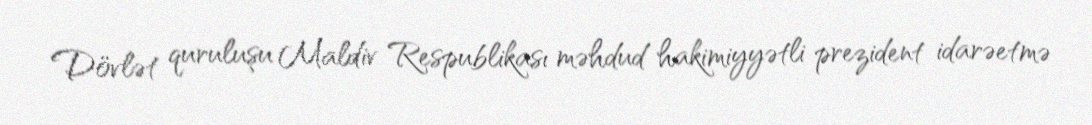
Dövlət quruluşu Maldiv Respublikası məhdud hakimiyyətli prezident idarəetmə